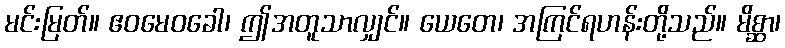
မင်းမြတ်။ ဧဝမေဝခေါ၊ ဤအတူသာလျှင်။ ယေတေ၊ အကြင်ရဟန်းတို့သည်။ မိစ္ဆာ၊